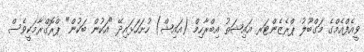
ވީއެފްއެމްގެ މަގްބޫލު ޕްރެޒެންޓަރ އައިޝަތު އިބްރާހިމް (އައިޝް) ހުށަހަޅައިދޭ "އަކުން ބަކުން" ޕްރޮގްރާމަކީވެސް